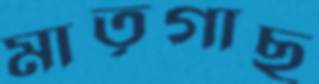
মাতৃগাছ